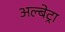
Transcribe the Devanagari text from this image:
अल्बेट्रा